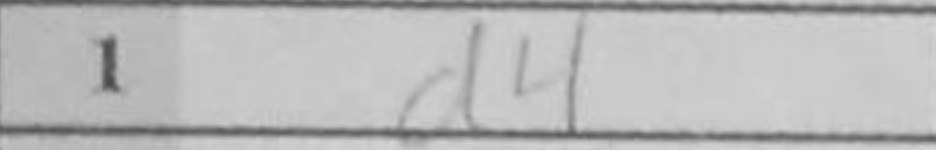
Transcription: d4